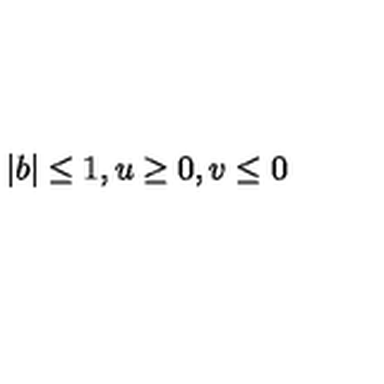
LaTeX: | b | \leq 1 , u \geq 0 , v \leq 0 \nonumber